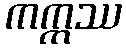
ကက္ကဿ